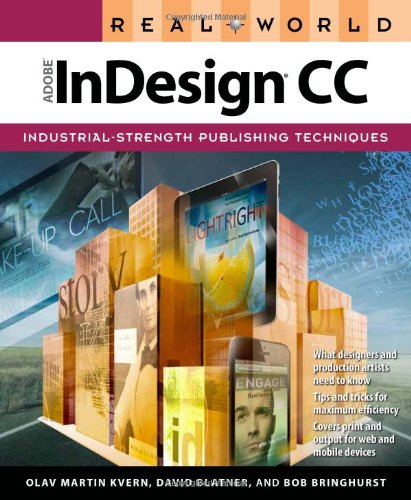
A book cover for Real World Adobe InDesign CC; Olav Martin Kvern; Arts & Photography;